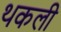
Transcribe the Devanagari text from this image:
थकली